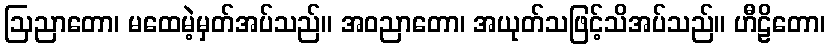
ဩညာတော၊ မထေမဲ့မှတ်အပ်သည်။ အဝညာတော၊ အယုတ်သဖြင့်သိအပ်သည်။ ဟီဠိတော၊